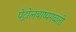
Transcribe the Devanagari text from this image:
पेट्रोलबाष्पगळती